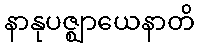
နာနုပဇ္ဈာယေနာတိ